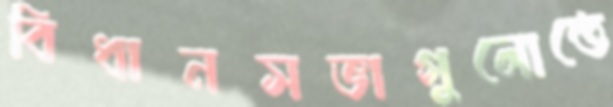
বিধানসভাগুলোতে